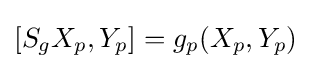
[S_{g}X_{p},Y_{p}]=g_{p}(X_{p},Y_{p})